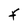
Character: f